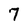
Character: 7